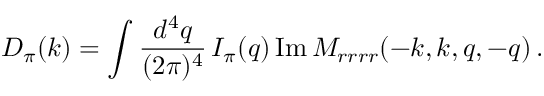
D _ { \pi } ( k ) = \int { \frac { d ^ { 4 } q } { ( 2 \pi ) ^ { 4 } } } \, I _ { \pi } ( q ) \, \mathrm { I m \, } M _ { r r r r } ( - k , k , q , - q ) \, .